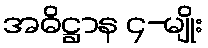
အဓိဋ္ဌာန ၄-မျိုး